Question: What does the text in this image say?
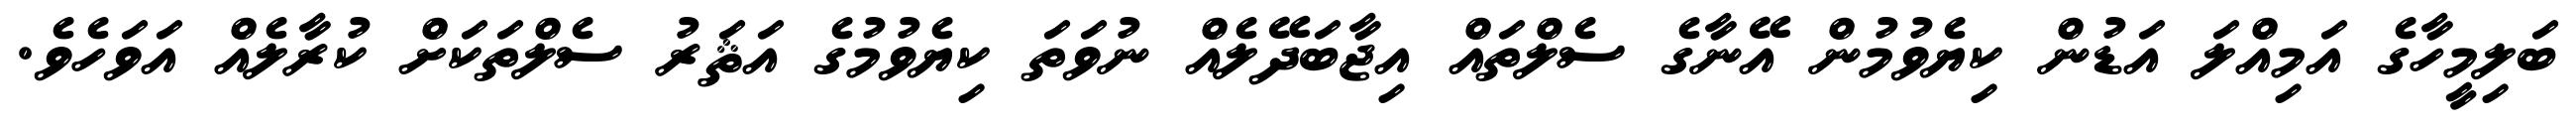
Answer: ބަލިމީހާގެ އަމިއްލަ އަޑުން ކިޔެވުމުން އޭނާގެ ސެލްތައް އިޖާބަދޭލެއް ނުވަތަ ކިޔެވުމުގެ އަޘަރު ސެލްތަކަށް ކުރާލެއް އަވަހެވެ.